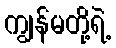
ကျွန်မတို့ရဲ့